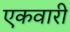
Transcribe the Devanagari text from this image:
एकवारी